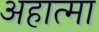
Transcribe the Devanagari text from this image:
अहात्मा